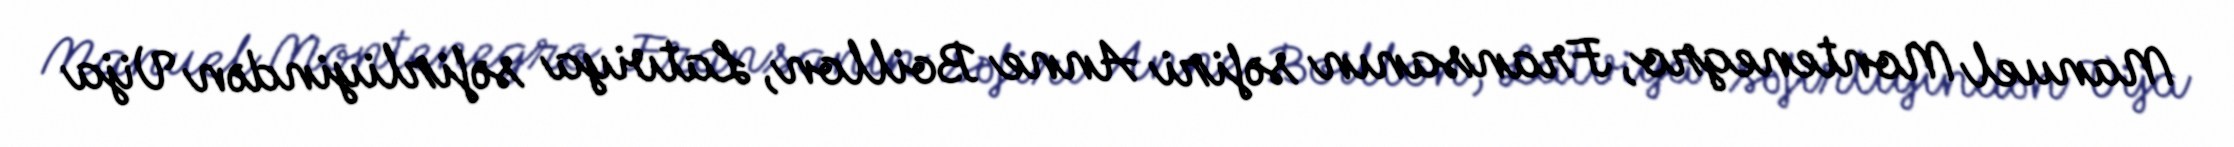
Manuel Montenegro, Fransanın səfiri Anne Boillon, Latviya səfirliyindən Vija